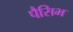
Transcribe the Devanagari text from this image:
पैसिभ